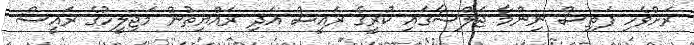
ރަށްވެހި ފަތިސް ނިންމާ ޖަލްސާގައި ކުރީގެ ރައީސް އަދި ރައްޔިތުން މަޖިލީހުގެ ރައީސް